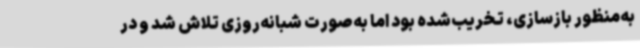
به‌منظور بازسازی، تخریب‌شده بود اما به‌صورت شبانه‌روزی تلاش شد و در